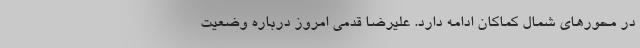
در محورهای شمال کماکان ادامه دارد. علیرضا قدمی امروز درباره وضعیت